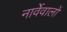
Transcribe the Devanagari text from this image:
नार्वेवालों